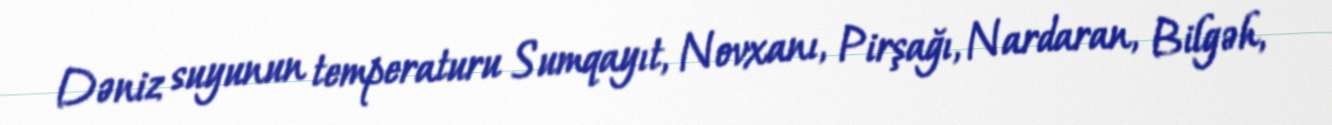
Dəniz suyunun temperaturu Sumqayıt, Novxanı, Pirşağı, Nardaran, Bilgəh,